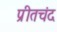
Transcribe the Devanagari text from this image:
प्रीतचंद